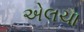
એલચા